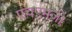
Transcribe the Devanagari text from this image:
एचएमजी